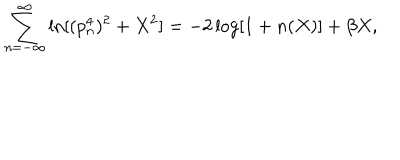
LaTeX: \sum _ { n = - \infty } ^ { \infty } \ln [ ( p _ { n } ^ { 4 } ) ^ { 2 } + X ^ { 2 } ] = - 2 \log [ 1 + n ( X ) ] + \beta X ,